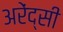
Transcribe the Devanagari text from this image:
अरेंद्सी